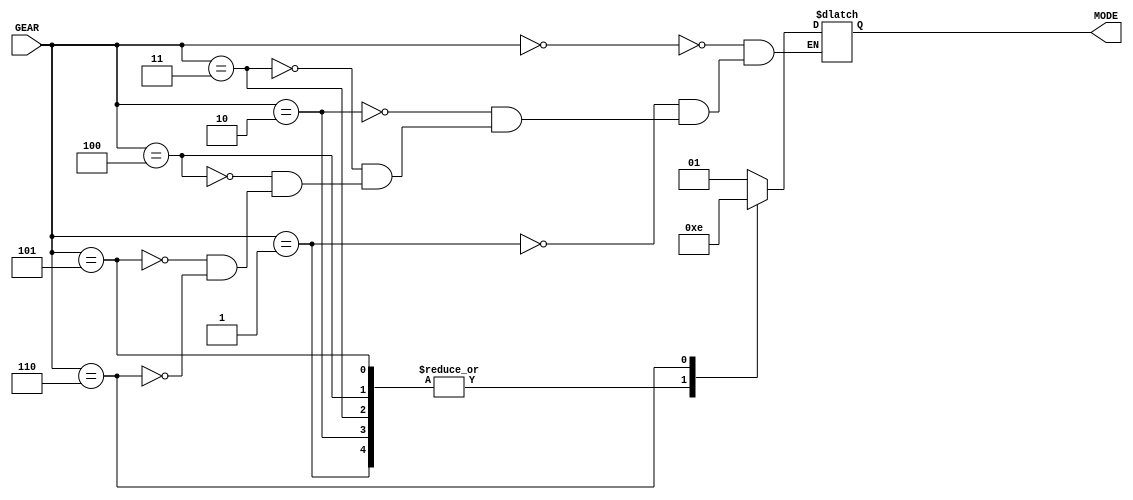
module gear_to_mode(GEAR,MODE);

input [2:0] GEAR;
output reg [1:0] MODE;

always@(GEAR)
begin
   case(GEAR)
   0:MODE=1;
   1:MODE=3;
   2:MODE=3;
   3:MODE=3;
   4:MODE=3;
   5:MODE=3;
   6:MODE=2;
   endcase
end

endmodule